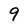
Character: 9